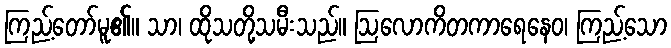
ကြည့်တော်မူ၏။ သာ၊ ထိုသတို့သမီးသည်။ ဩလောကိတကာရေနေဝ၊ ကြည့်သော